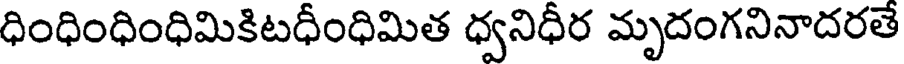
ధింధింధింధిమికిటధీంధిమిత ధ్వనిధీర మృదంగనినాదరతే